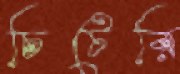
চিটেরি